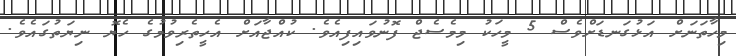
މިހާތަނަށް އަޅުގަނޑަށްވެސް 5 މީހަކު މިމެސެޖް ފޮނުވައިފިއެވެ. ކުއްޖާއަށް އެހީތެރިވުމުގެ ހެޔޮ ނިޔަތުގައެވެ.